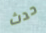
حدث